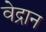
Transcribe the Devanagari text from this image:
वेद्रान